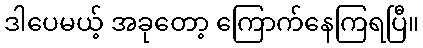
ဒါပေမယ့် အခုတော့ ကြောက်နေကြရပြီ။